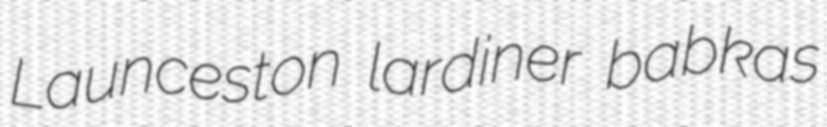
Launceston lardiner babkas